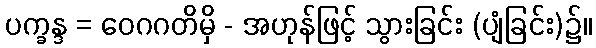
ပက္ခန္ဒ = ဝေဂဂတိမှိ - အဟုန်ဖြင့် သွားခြင်း (ပျံခြင်း)၌။